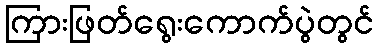
ကြားဖြတ်ရွေးကောက်ပွဲတွင်